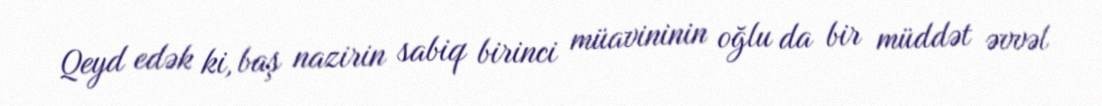
Qeyd edək ki, baş nazirin sabiq birinci müavininin oğlu da bir müddət əvvəl